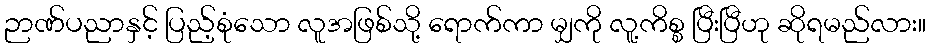
ဉာဏ်ပညာနှင့် ပြည့်စုံသော လူအဖြစ်သို့ ရောက်ကာ မျှကို လူ့ကိစ္စ ပြီးပြီဟု ဆိုရမည်လား။